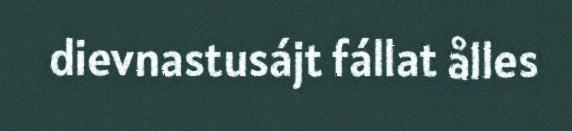
dievnastusájt fállat ålles